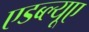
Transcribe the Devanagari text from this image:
एडब्ल्यूए